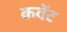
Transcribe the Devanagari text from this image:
कवेंट